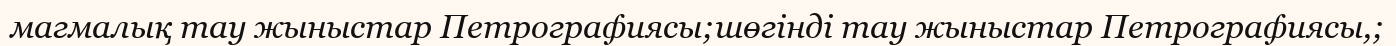
магмалық тау жыныстар Петрографиясы;шөгінді тау жыныстар Петрографиясы,;